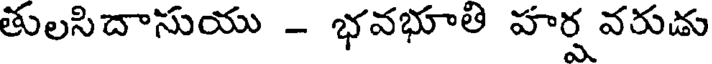
తులసిదాసుయు - భవభూతి హర్ష వరుడు